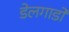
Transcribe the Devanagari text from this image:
डेलगाडो